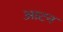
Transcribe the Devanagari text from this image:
आटन